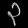
Digit: ၃